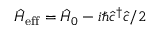
\hat { H } _ { \mathrm { e f f } } = \hat { H } _ { 0 } - i \hbar \hat { c } ^ { \dagger } \hat { c } / 2